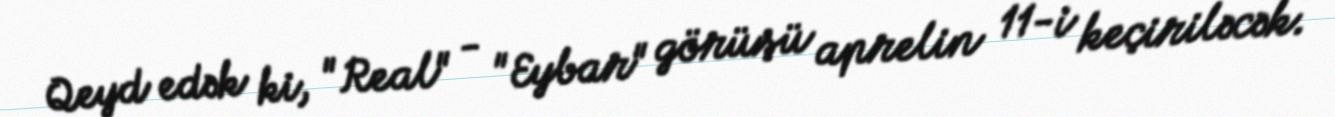
Qeyd edək ki, "Real" - "Eybar" görüşü aprelin 11-i keçiriləcək.